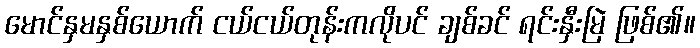
မောင်နှမနှစ်ယောက် ငယ်ငယ်တုန်းကလိုပင် ချစ်ခင် ရင်းနှီးမြဲ ဖြစ်၏။